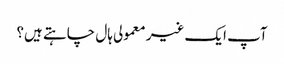
آپ ایک غیر معمولی ہال چاہتے ہیں؟